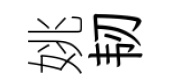
姚韧